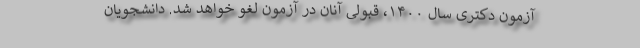
آزمون دکتری سال ۱۴۰۰، قبولی آنان در آزمون لغو خواهد شد. دانشجویان